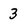
Character: 3